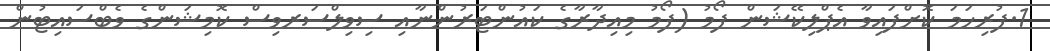
1.ފުރިހަމަ ކޮށްފައިވާ އެޕްލިކޭޝަން ފޯމު (ފޯމު މިއިދާރާގެ ކައުންޓަރުންނާއި ސިވިލްސަރވިސް ކޮމިޝަންގެ ވެބްސައިޓުން